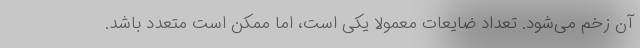
آن زخم می‌شود. تعداد ضایعات معمولا یکی است، اما ممکن است متعدد باشد.